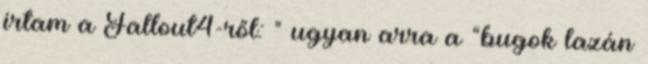
írtam a Fallout4-ről: " ugyan arra a “bugok lazán